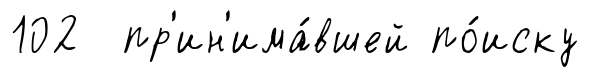
102 пр'ин'има́вшей по́иску